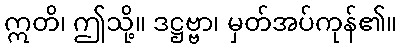
ဣတိ၊ ဤသို့။ ဒဋ္ဌဗ္ဗာ၊ မှတ်အပ်ကုန်၏။